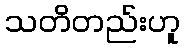
သတိတည်းဟူ